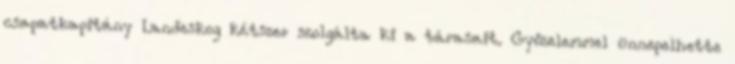
csapatkapitány Landeskog kétszer szolgálta ki a tárasait. Győzelemmel ünnepelhette